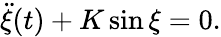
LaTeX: \ddot{\xi}(t)+K\sin\xi=0.